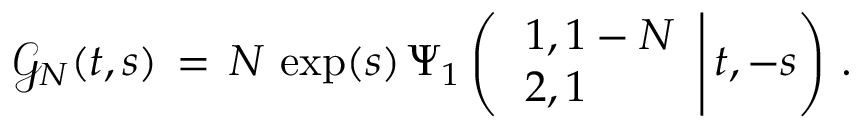
\begin{array} { l } { \displaystyle \mathcal { G } _ { N } ( t , s ) \, = \, N \, \exp ( s ) \, \Psi _ { 1 } \left( \left. \begin{array} { l } { 1 , 1 - N } \\ { 2 , 1 } \end{array} \right| t , - s \right) \, . } \end{array}